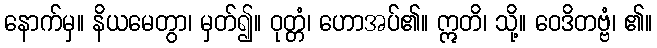
နောက်မှ။ နိယမေတွာ၊ မှတ်၍။ ဝုတ္တံ၊ ဟောအပ်၏။ ဣတိ၊ သို့။ ဝေဒိတဗ္ဗံ၊ ၏။